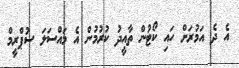
އެ ދެ އަމުރަށް ހައި ކޯޓުން ތާއީދު ކުރުމުން އެ މައްސަލަ ސުޕްރީމް